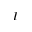
I